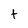
Character: t